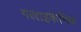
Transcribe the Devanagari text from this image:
गलाइकेमिक